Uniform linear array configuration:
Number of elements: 24
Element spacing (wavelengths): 0.5
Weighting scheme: exponential
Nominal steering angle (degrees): -15
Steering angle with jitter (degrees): -13.965
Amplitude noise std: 0.05
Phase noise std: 0.05

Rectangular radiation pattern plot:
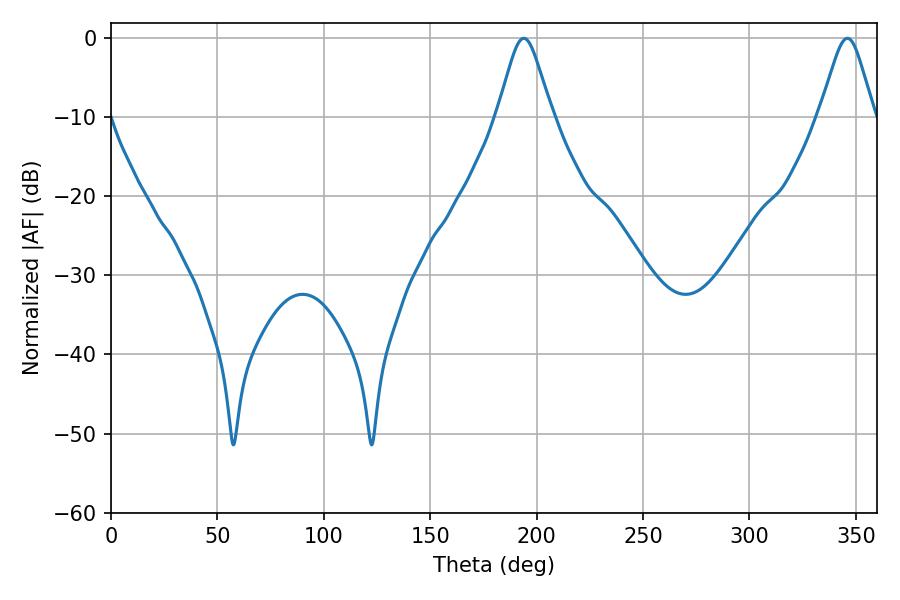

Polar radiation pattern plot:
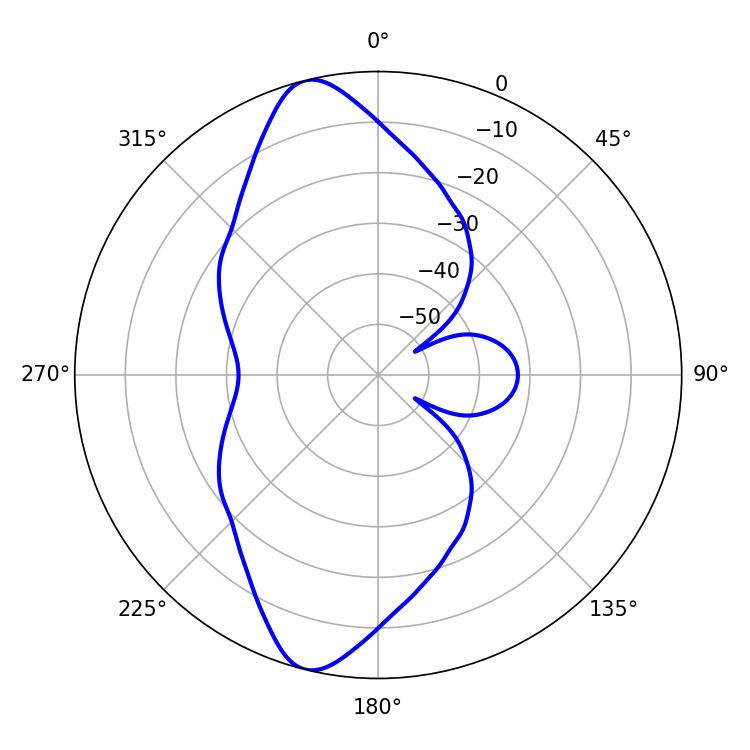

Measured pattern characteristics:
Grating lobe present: FALSE
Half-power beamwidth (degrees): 12.24
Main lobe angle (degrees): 194.04